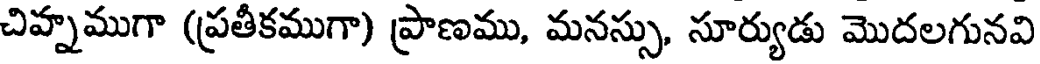
చిహ్నముగా (ప్రతీకముగా) ప్రాణము, మనస్సు, సూర్యుడు మొదలగునవి